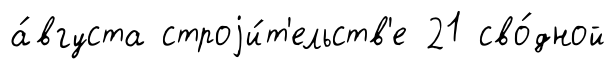
а́вгуста строjи́т'ельств'е 21 сво́дной